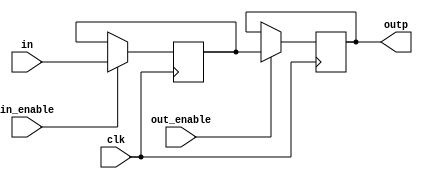
module pc_register(clk,in,out_enable,in_enable,outp);
input clk;
input [7:0] in;
input out_enable;
input in_enable;
output [7:0] outp; //output contents of reg to bus, or anything else

reg [7:0] data;
reg [7:0] out_temp;


initial begin 
    data = 8'b0;
    out_temp = 8'bx;
end

always @ (posedge clk) begin //Output priority 
    if(out_enable) out_temp <= data;
    if(in_enable) data = in;
end

assign outp = out_temp;
endmodule